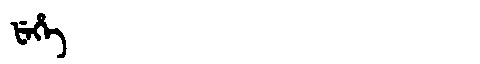
Manchu: ᡶᡝᡥᡝ
Romanization: FEHE